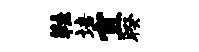
鞋培宜暌